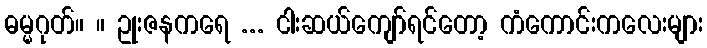
ဓမ္မဂုတ်။ ။ ဥုးဇနကရေ ... ငါးဆယ်ကျော်ရင်တော့ ကံကောင်းကလေးများ